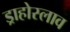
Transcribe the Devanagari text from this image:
ड्राहोस्लाव